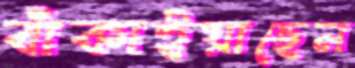
বাঁকাইয়াছেন